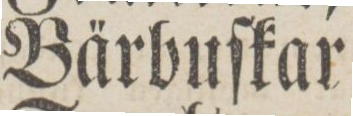
Bärbuſkar,